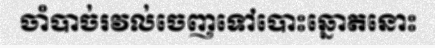
ចាំបាច់រវល់ចេញទៅបោះឆ្នោតនោះ